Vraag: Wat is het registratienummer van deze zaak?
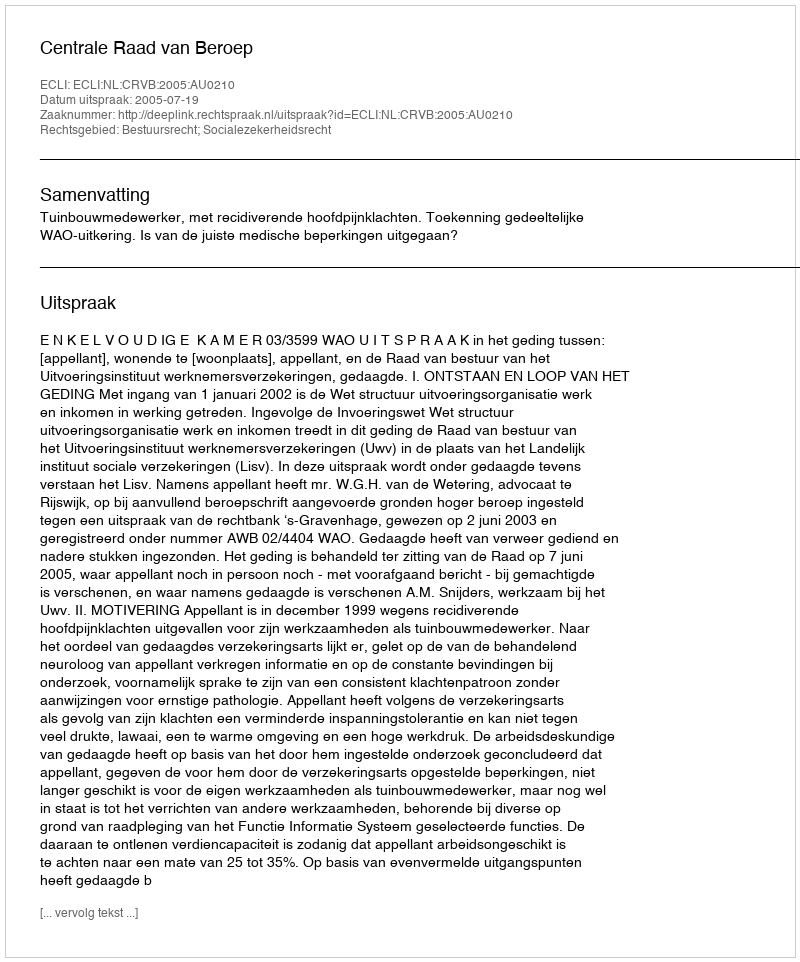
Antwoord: http://deeplink.rechtspraak.nl/uitspraak?id=ECLI:NL:CRVB:2005:AU0210